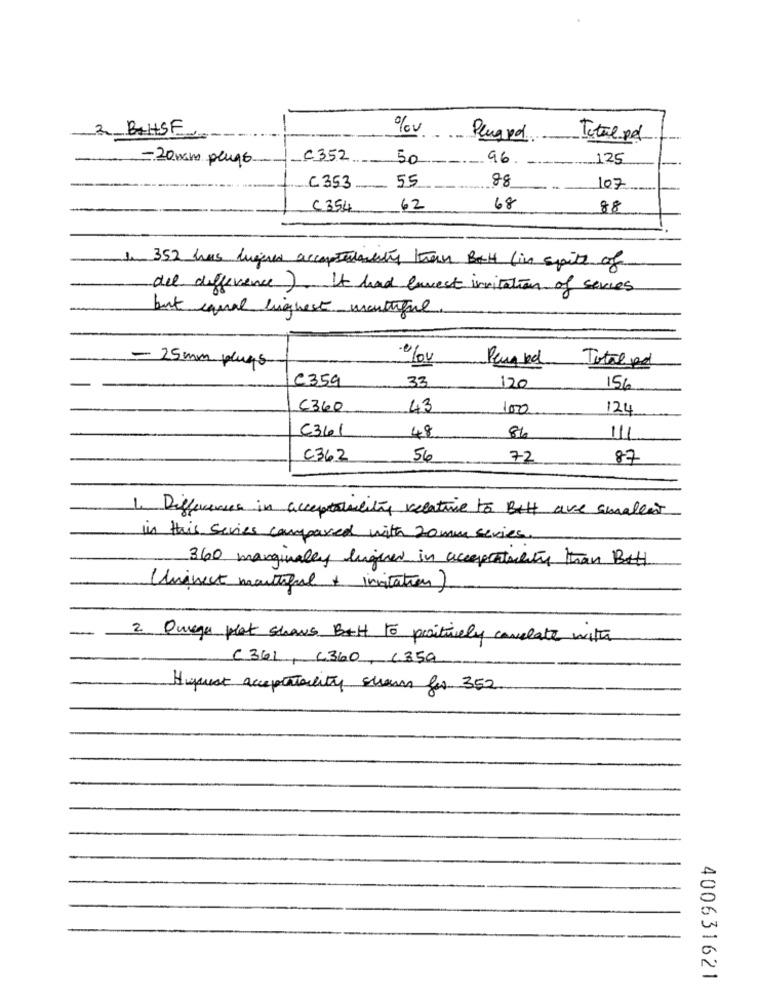
2 BAHSE
Peugrd
Total-pd
-20 mm plugs
C352
50
96.
125
55
88
C353
107
C354
62
68
88
1. 352 has lugares acceptedality them But (in spite of
del difference). It had lavest invitation of servies
but canal highest montaigne
- 25mm plugs
Peux Red
Total pd
C359
33
120
156
C360
43
1000
124
C361
48
8%
111
C362
56
72
87
1. Difference in acceptaisility relative to But are smallest
in this series compared with 20mm series.
360 marginally higher in acceptality than BAH
Univest montifal + invitation)
2. Quage plat shows Bott to positively cavelate with
C 361 , C360 , C359
Highest acceptantality shown for 352
400631621